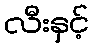
လီးနှင့်